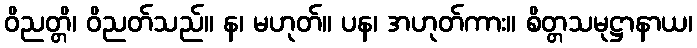
ဝိညတ္တိ၊ ဝိညတ်သည်။ န၊ မဟုတ်။ ပန၊ အဟုတ်ကား။ စိတ္တသမုဋ္ဌာနာယ၊